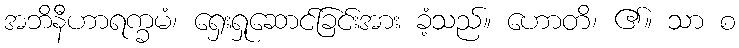
အဘိနီဟာရက္ခမံ၊ ရှေးရှုဆောင်ခြင်းအား ခံ့သည်။ ဟောတိ၊ ၏။ သာ စ